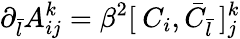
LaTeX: \partial_{\bar{l}}A_{ij}^{k}=\beta^{2}[\: C_{i},{\bar{C}}_{\bar{l}}\: ]_{j}^{k}